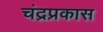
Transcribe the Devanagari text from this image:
चंद्रप्रकास